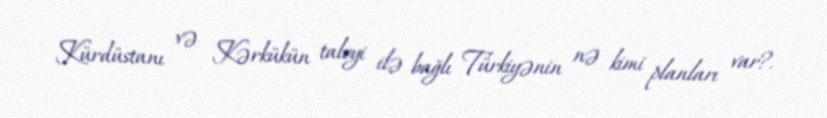
Kürdüstanı və Kərkükün taleyi ilə bağlı Türkiyənin nə kimi planları var?.